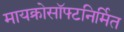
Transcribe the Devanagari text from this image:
मायक्रोसॉफ्टनिर्मित